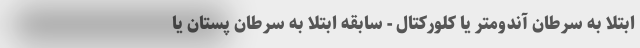
ابتلا به سرطان آندومتر یا کلورکتال - سابقه ابتلا به سرطان پستان یا